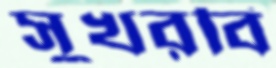
সুখরবি